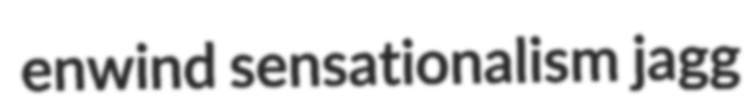
enwind sensationalism jagg